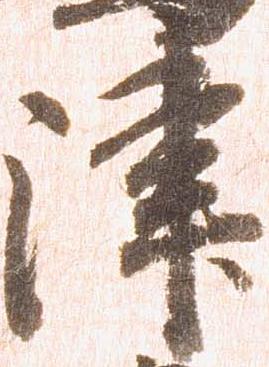
津